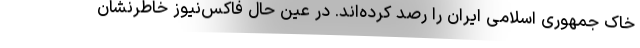
خاک جمهوری اسلامی ایران را رصد کرده‌اند. در عین حال فاکس‌نیوز خاطرنشان